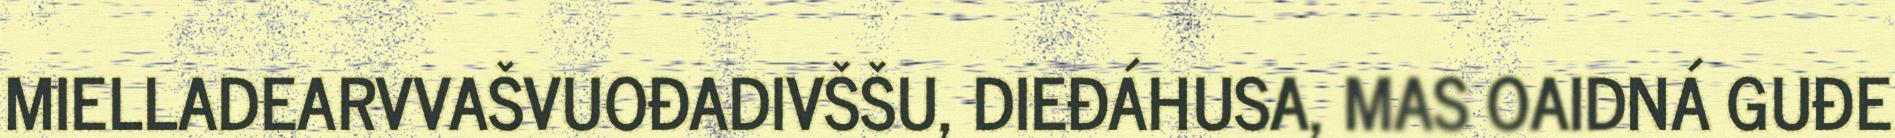
MIELLADEARVVAŠVUOĐADIVŠŠU, DIEĐÁHUSA, MAS OAIDNÁ GUĐE